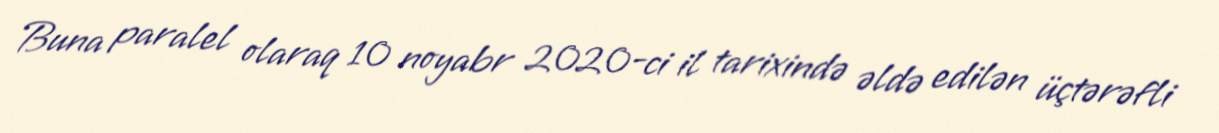
Buna paralel olaraq 10 noyabr 2020-ci il tarixində əldə edilən üçtərəfli